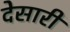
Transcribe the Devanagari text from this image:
देसारी